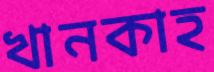
খানকাহ